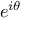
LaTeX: e ^ { i \theta }